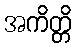
အကိတ္တိ